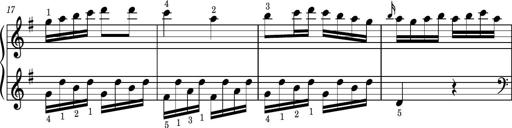
Title: Easy Progressive Lessons and 4 Sonatinas
Composer: Thomas Attwood